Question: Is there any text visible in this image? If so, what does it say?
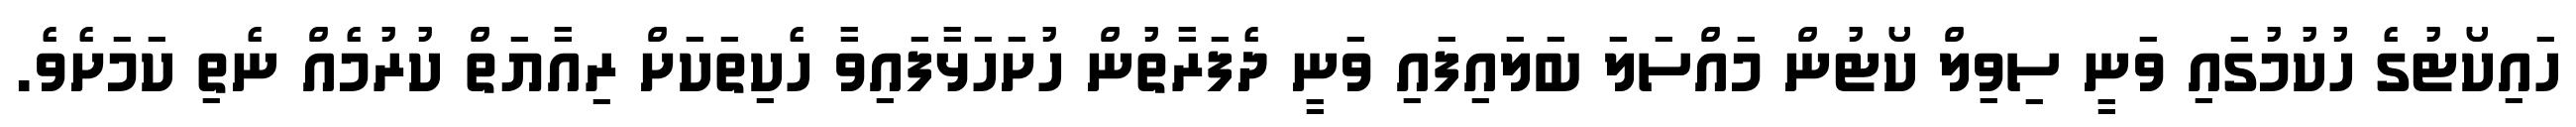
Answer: ހައިކޯޓުގެ ހުކުމުގައި ވަނީ ސިވިލް ކޯޓުން މައްސަލަ ބަލައިފައި ވަނީ ދެފަރާތުން ހުށަހަޅާފައިވާ ހެކިތަކަށް ރިއާޔަތް ކުރުމެއް ނެތި ކަމަށެވެ.